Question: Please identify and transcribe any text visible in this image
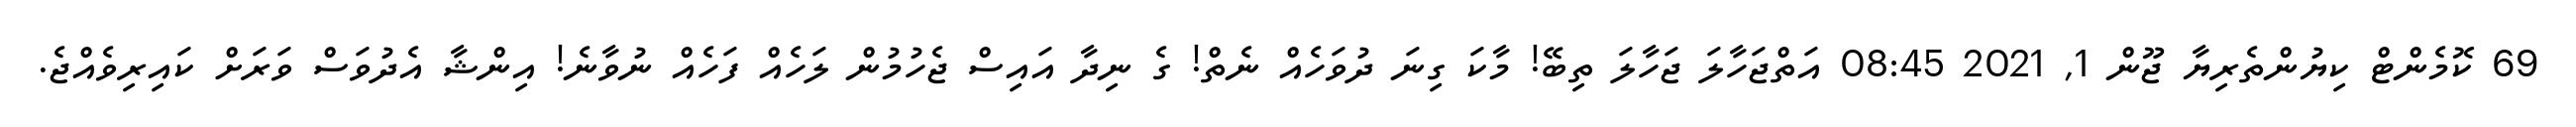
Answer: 69 ކޮމެންޓް ކިޔުންތެރިޔާ ޖޫން 1, 2021 08:45 އަތްޖަހާލަ ޖަހާލަ ތިބޭ! މާކަ ގިނަ ދުވަހެއް ނެތް! ގެ ނިދާ އައިސް ޖެހުމުން ލަހެއް ފަހެއް ނުވާނެ! އިންޝާ އެދުވަސް ވަރަށް ކައިރިވެއްޖެ.